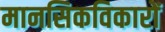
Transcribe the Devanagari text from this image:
मानसिकविकारों